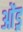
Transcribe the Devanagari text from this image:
ओंड्र